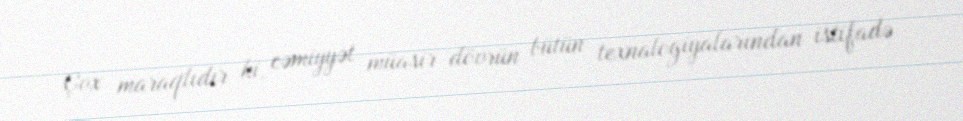
Çox maraqlıdır ki, cəmiyyət müasir dövrün bütün texnalogiyalarından istifadə